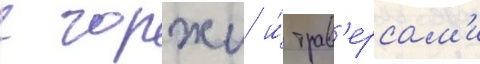
с горжи и́ трав'ерсам'и